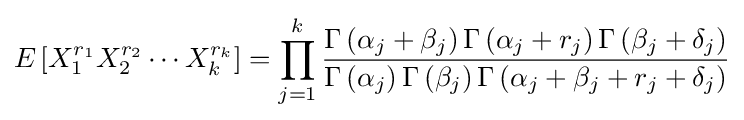
E\left[X_{1}^{r_{1}}X_{2}^{r_{2}}\cdots X_{k}^{r_{k}}\right]=\prod _{j=1}^{k}{\frac {\Gamma \left(\alpha _{j}+\beta _{j}\right)\Gamma \left(\alpha _{j}+r_{j}\right)\Gamma \left(\beta _{j}+\delta _{j}\right)}{\Gamma \left(\alpha _{j}\right)\Gamma \left(\beta _{j}\right)\Gamma \left(\alpha _{j}+\beta _{j}+r_{j}+\delta _{j}\right)}}